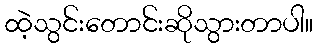
ထဲ့သွင်းတောင်းဆိုသွားတာပါ။